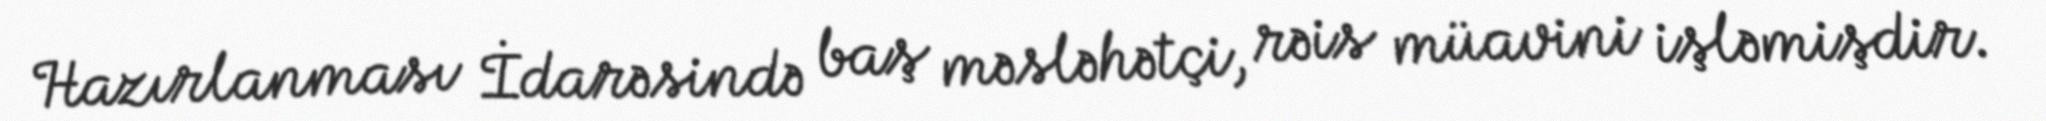
Hazırlanması İdarəsində baş məsləhətçi, rəis müavini işləmişdir.